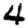
Digit: 4